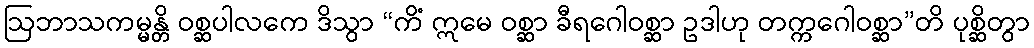
ဩဘာသကမ္မန္တိ ဝစ္ဆပါလကေ ဒိသွာ “ကိံ ဣမေ ဝစ္ဆာ ခီရဂေါဝစ္ဆာ ဥဒါဟု တက္ကဂေါဝစ္ဆာ”တိ ပုစ္ဆိတွာ